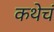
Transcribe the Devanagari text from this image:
कथेचं